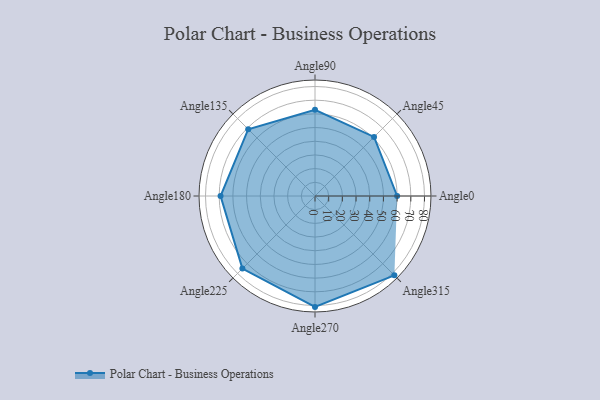
{"axis": {"x": "Angle", "y": "Radius"}, "legend": [""], "data": [{"x": "Angle0", "y": 60.0, "type": ""}, {"x": "Angle45", "y": 61.0, "type": ""}, {"x": "Angle90", "y": 63.0, "type": ""}, {"x": "Angle135", "y": 69.0, "type": ""}, {"x": "Angle180", "y": 69.0, "type": ""}, {"x": "Angle225", "y": 75.0, "type": ""}, {"x": "Angle270", "y": 81.0, "type": ""}, {"x": "Angle315", "y": 82.0, "type": ""}]}